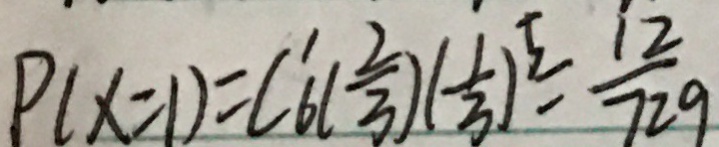
P ( x = 1 ) = C ^ { 1 } _ { 6 } ( \frac { 2 } { 3 } ) ( \frac { 1 } { 3 } ) ^ { 5 } = \frac { 1 2 } { 7 2 9 }